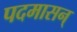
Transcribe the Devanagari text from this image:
पदमासन्